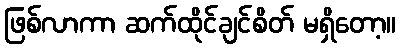
ဖြစ်လာကာ ဆက်ထိုင်ချင်စိတ် မရှိတော့။